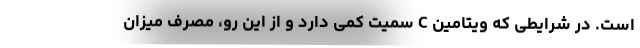
است. در شرایطی که ویتامین C سمیت کمی دارد و از این رو، مصرف میزان